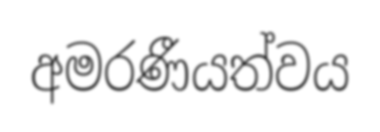
අමරණීයත්වය